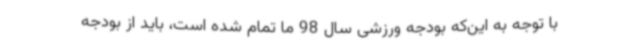
با توجه به این‌که بودجه ورزشی سال 98 ما تمام شده است، باید از بودجه